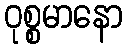
ဝုစ္စမာနော